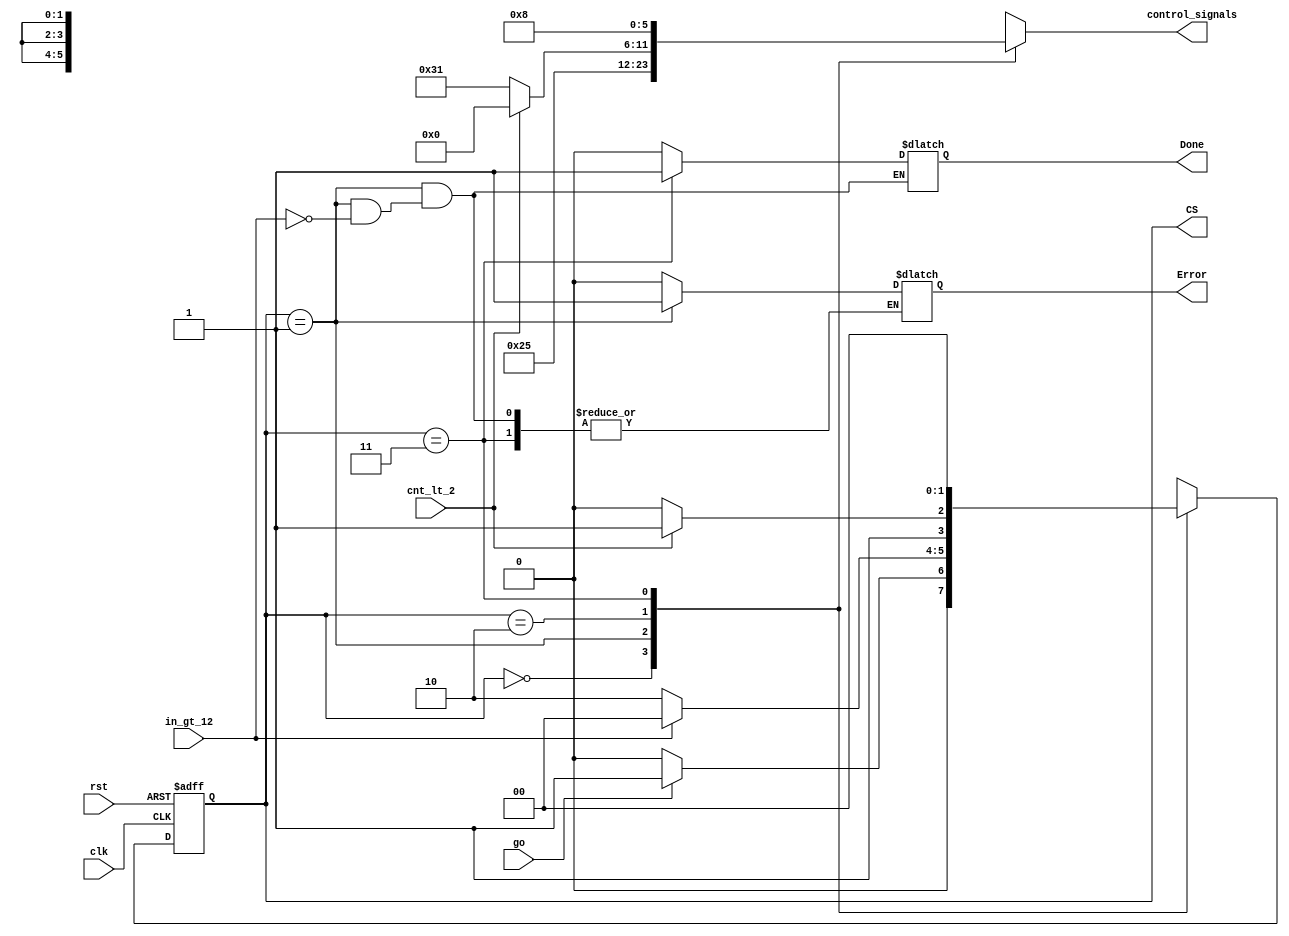
module fact_controlunit(
  input wire clk,
  input wire rst,
  input wire go,
  output reg Done,
  output reg Error,
  output reg [1:0] CS,
  /* 5 KHz clock */
  // status signals (OUTPUT)
  input wire cnt_lt_2,
  input wire in_gt_12,
  // control signals (INPUT)
  output reg [5:0] control_signals
);
  parameter
  S0 = 3'b00, // IDLE
  S1 = 3'b01, // LOAD
  S2 = 3'b10, // MULTIPLICATION
  S3 = 3'b11, // DONE

  // output code en_D, mux_s0, mux_s1, cnt_ld, cnt_ud, cnt_ce
  OUT0   = 6'b000000,
  OUT1   = 6'b100101,
  OUT2_T = 6'b000000,
  OUT2_F = 6'b110001,
  OUT3   = 6'b001000;
  reg [1:0] NS;

  initial
  begin
    CS = S0;
    Error = 0;
    control_signals = OUT0;
  end
  // NEXT-STATE LOGIC (Combinational)
  always @(CS, go, cnt_lt_2, in_gt_12)
  begin
    case(CS)
      S0: begin
        control_signals = OUT0;
        Done = 0;
        Error = 0;
        if (!go) NS = S0;
        else NS = S1;
      end
      S1: begin
        control_signals = OUT1;
        if (in_gt_12)
        begin
          Error = 1;
          Done = 0;
          NS = S0;
        end
        else
        begin
          NS = S2;
        end
      end
      S2: begin
        if (cnt_lt_2)
        begin
          Done = 0;
          Error = 0;
          control_signals = OUT2_T;
          NS = S3;
        end
        else
        begin
          Done = 0;
          Error = 0;
          control_signals = OUT2_F;
          NS = S2;
        end
      end
      S3: begin
        control_signals = OUT3;
        Done = 1;
        NS = S0;
      end
    endcase
  end
  // STATE REGISTER (Sequential)
  always @(posedge clk, posedge rst)
  begin
    if(rst) CS <= S0;
    else CS <= NS;
  end
endmodule